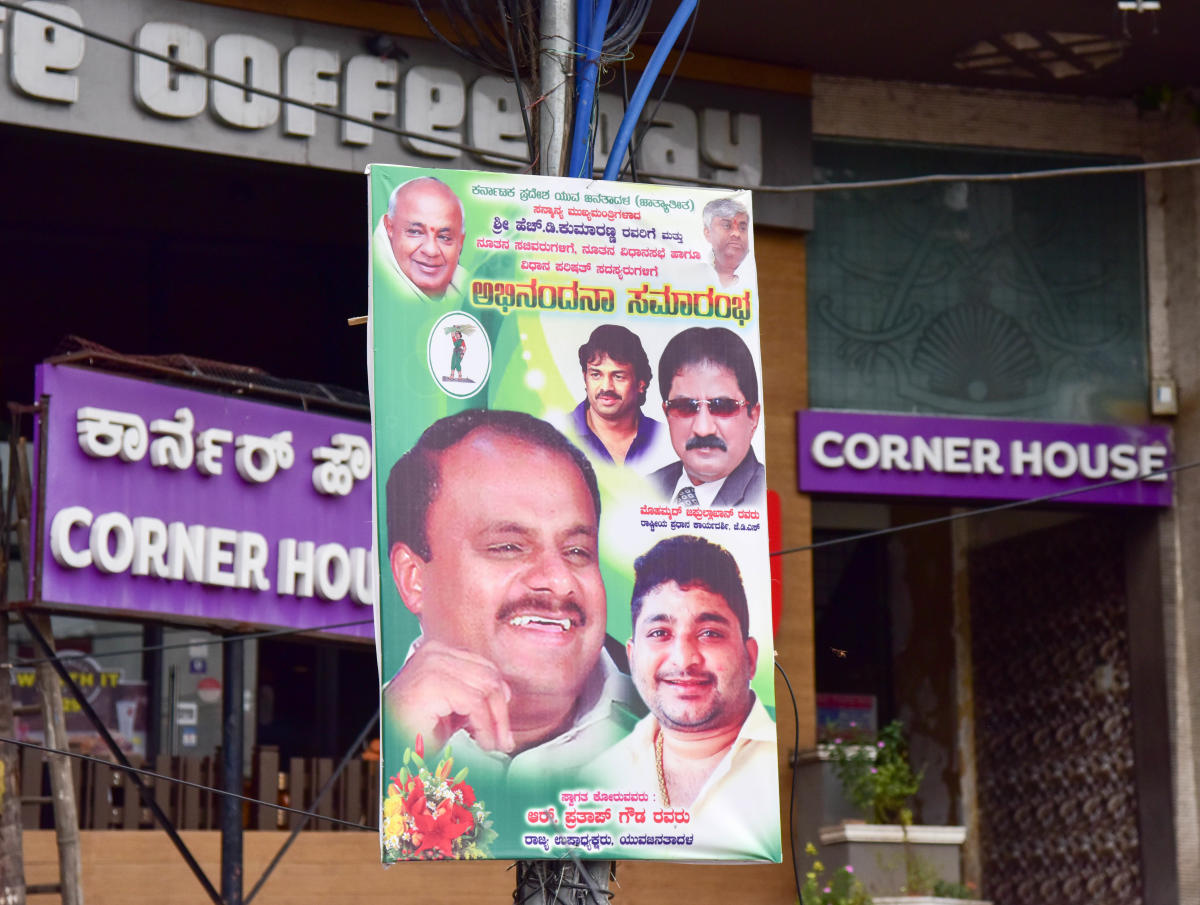
Language: kannada
Transcription: ಕಾರ್ನರ್ ಅಭಿನಂದನಾ ಸಮಾರಂಭ